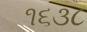
૧૬૩૮